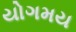
યોગમય